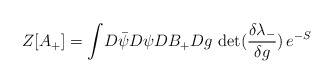
\begin{align*} Z[A_{+} ] = \int \! D \bar{\psi} D \psi D B_{+} D g \,\, {\rm det}(\frac{\delta \lambda_{-}}{\delta g}) \, e^{-S}\end{align*}